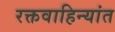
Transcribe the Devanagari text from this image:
रक्तवाहिन्यांत